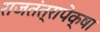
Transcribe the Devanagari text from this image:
राजतंत्रापेक्षा